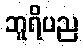
ဘူရိပည